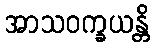
အာသဝက္ခယန္တိ